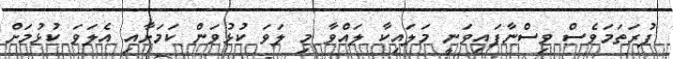
ފުރަތަމަވެސް ވިސްނާފައިވަނީ މަލައިކާ ލައްވާ މި ލަވަ ކުޅުވަން ކަމަށާއި އެލަވަ ކުޅުމަށް